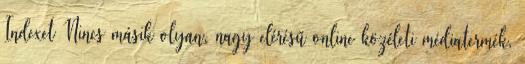
Indexet Nincs másik olyan, nagy elérésű online közéleti médiatermék,